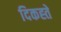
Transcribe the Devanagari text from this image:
दिकह्ते